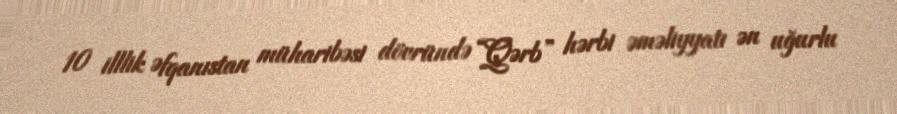
10 illlik Əfqanıstan müharibəsi dövründə “Qərb” hərbi əməliyyatı ən uğurlu